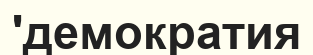
'демократия